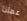
عماذا